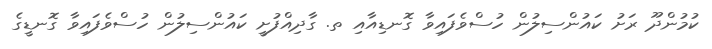
ކުމުންދޫ ރަށު ކައުންސިލުން ހުސްވެފައިވާ ގޮނޑިއާއި ތ. ގާދިއްފުށީ ކައުންސިލުން ހުސްވެފައިވާ ގޮނޑީގެ